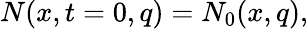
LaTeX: N(x,t=0,q)=N_{0}(x,q),